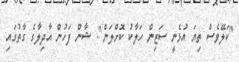
"ކަލޭވެސް ތިޔަ އުޅެނީ ސަޒިން ހަލާކު ކޮށްލަން". ޝާން ފަހުން އާދިލާގެ ގާތުގައި